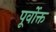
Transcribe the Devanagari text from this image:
पूर्वाेक्त